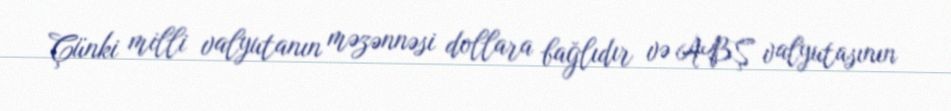
Çünki milli valyutanın məzənnəsi dollara bağlıdır və ABŞ valyutasının